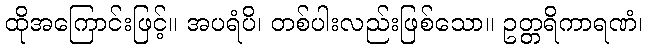
ထိုအကြောင်းဖြင့်။ အပရံပိ၊ တစ်ပါးလည်းဖြစ်သော။ ဥတ္တရိကာရဏံ၊